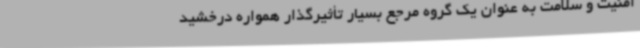
امنیت و سلامت به عنوان یک گروه مرجع بسیار تأثیرگذار همواره درخشید